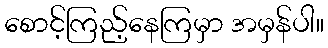
စောင့်ကြည့်နေကြမှာ အမှန်ပါ။